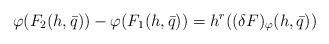
LaTeX: \begin{align*}\varphi(F_2(h, \bar{q})) - \varphi(F_1(h, \bar{q})) = h^r ((\delta F)_{\varphi}(h, \bar{q}))\end{align*}